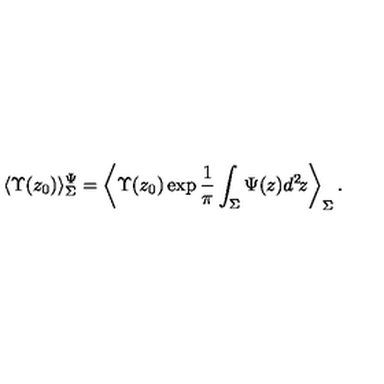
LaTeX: \langle \Upsilon ( z _ { 0 } ) \rangle _ { \Sigma } ^ { \Psi } = \left\langle \Upsilon ( z _ { 0 } ) \exp \frac { 1 } { \pi } \int _ { \Sigma } \Psi ( z ) d ^ { 2 } \! z \right\rangle _ { \Sigma } .